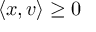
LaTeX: \langle x , v \rangle \geq 0